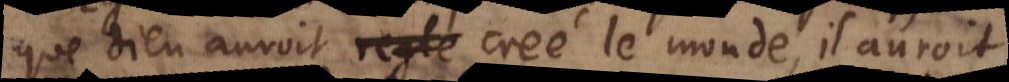
que Dieu auroit creé le monde, il auroit